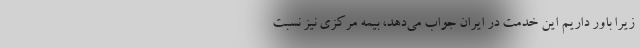
زیرا باور داریم این خدمت در ایران جواب می‌دهد، بیمه مرکزی نیز نسبت